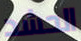
الحشد